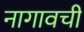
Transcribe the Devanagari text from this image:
नागावची